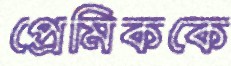
প্রেমিককে